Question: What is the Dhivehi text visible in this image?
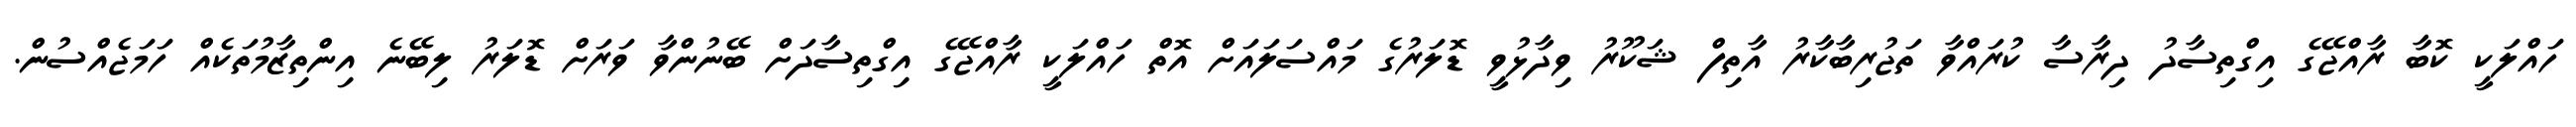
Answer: ހައްލަކީ ކޮބާ ރާއްޖޭގެ އިގްތިސާދު ދިރާސާ ކުރައްވާ ތަޖުރިބާކާރު އާތިފް ޝަކޫރު ވިދާޅުވީ ޑޮލަރުގެ މައްސަލައަށް އޮތް ހައްލަކީ ރާއްޖޭގެ އިގްތިސާދަށް ބޭނުންވާ ވަރަށް ޑޮލަރު ލިބޭނެ އިންތިޒާމުތަކެއް ހަމަޖެއްސުން.